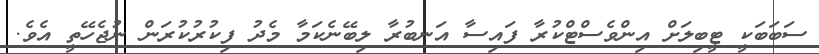
ސަބަބަކީ ޓީބިލަށް އިންވެސްޓްކުރާ ފައިސާ އަނބުރާ ލިބޭނެކަމާ މެދު ފިކުރުކުރަން ނުޖެހޭތީ އެވެ.